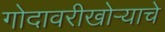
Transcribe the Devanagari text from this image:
गोदावरीखोऱ्याचे